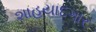
શાહયાદગાર